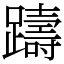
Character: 躊